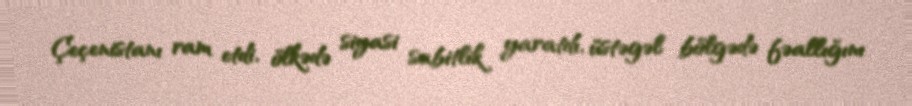
Çeçenistanı ram etdi, ölkədə siyasi sabitlik yaratdı, üstəgəl bölgədə fəallığını